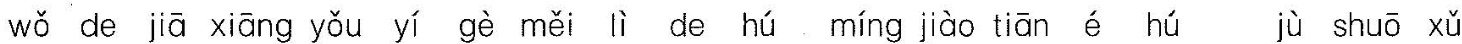
wǒ de jiā xiāng yǒu yī gè měi lì de hú míng jiào tiān é hú jù shuō xǔ